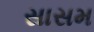
સાસમ